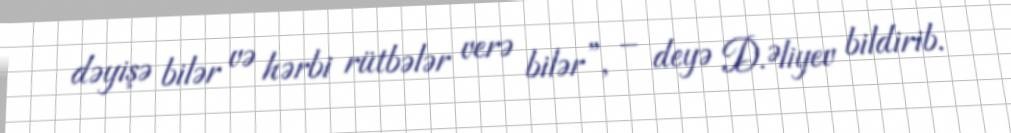
dəyişə bilər və hərbi rütbələr verə bilər”, – deyə D.Əliyev bildirib.